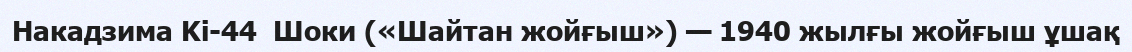
Накадзима Ki-44  Шоки («Шайтан жойғыш») — 1940 жылғы жойғыш ұшақ